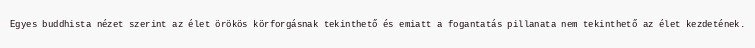
Egyes buddhista nézet szerint az élet örökös körforgásnak tekinthető és emiatt a fogantatás pillanata nem tekinthető az élet kezdetének.